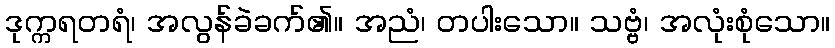
ဒုက္ကရတရံ၊ အလွန်ခဲခက်၏။ အညံ၊ တပါးသော။ သဗ္ဗံ၊ အလုံးစုံသော။